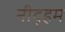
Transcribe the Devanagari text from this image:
नीद्हम